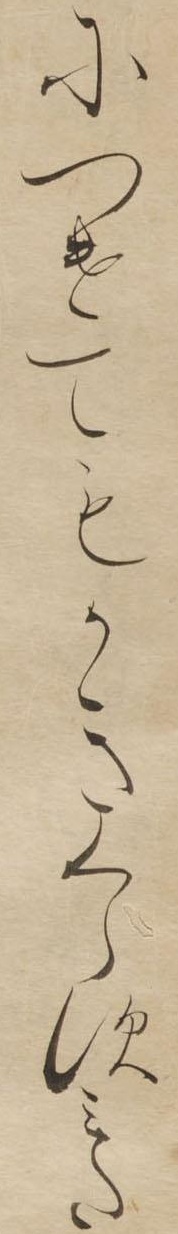
につけてもかきくらすみた